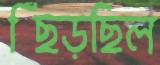
ছিঁড়ছিল